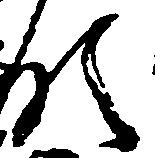
領